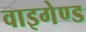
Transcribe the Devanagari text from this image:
वाइगेण्ड